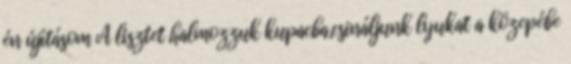
én újításom A lisztet halmozzuk kupacba,csináljunk lyukat a közepébe